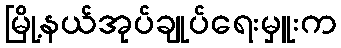
မြို့နယ်အုပ်ချုပ်ရေးမှူးက